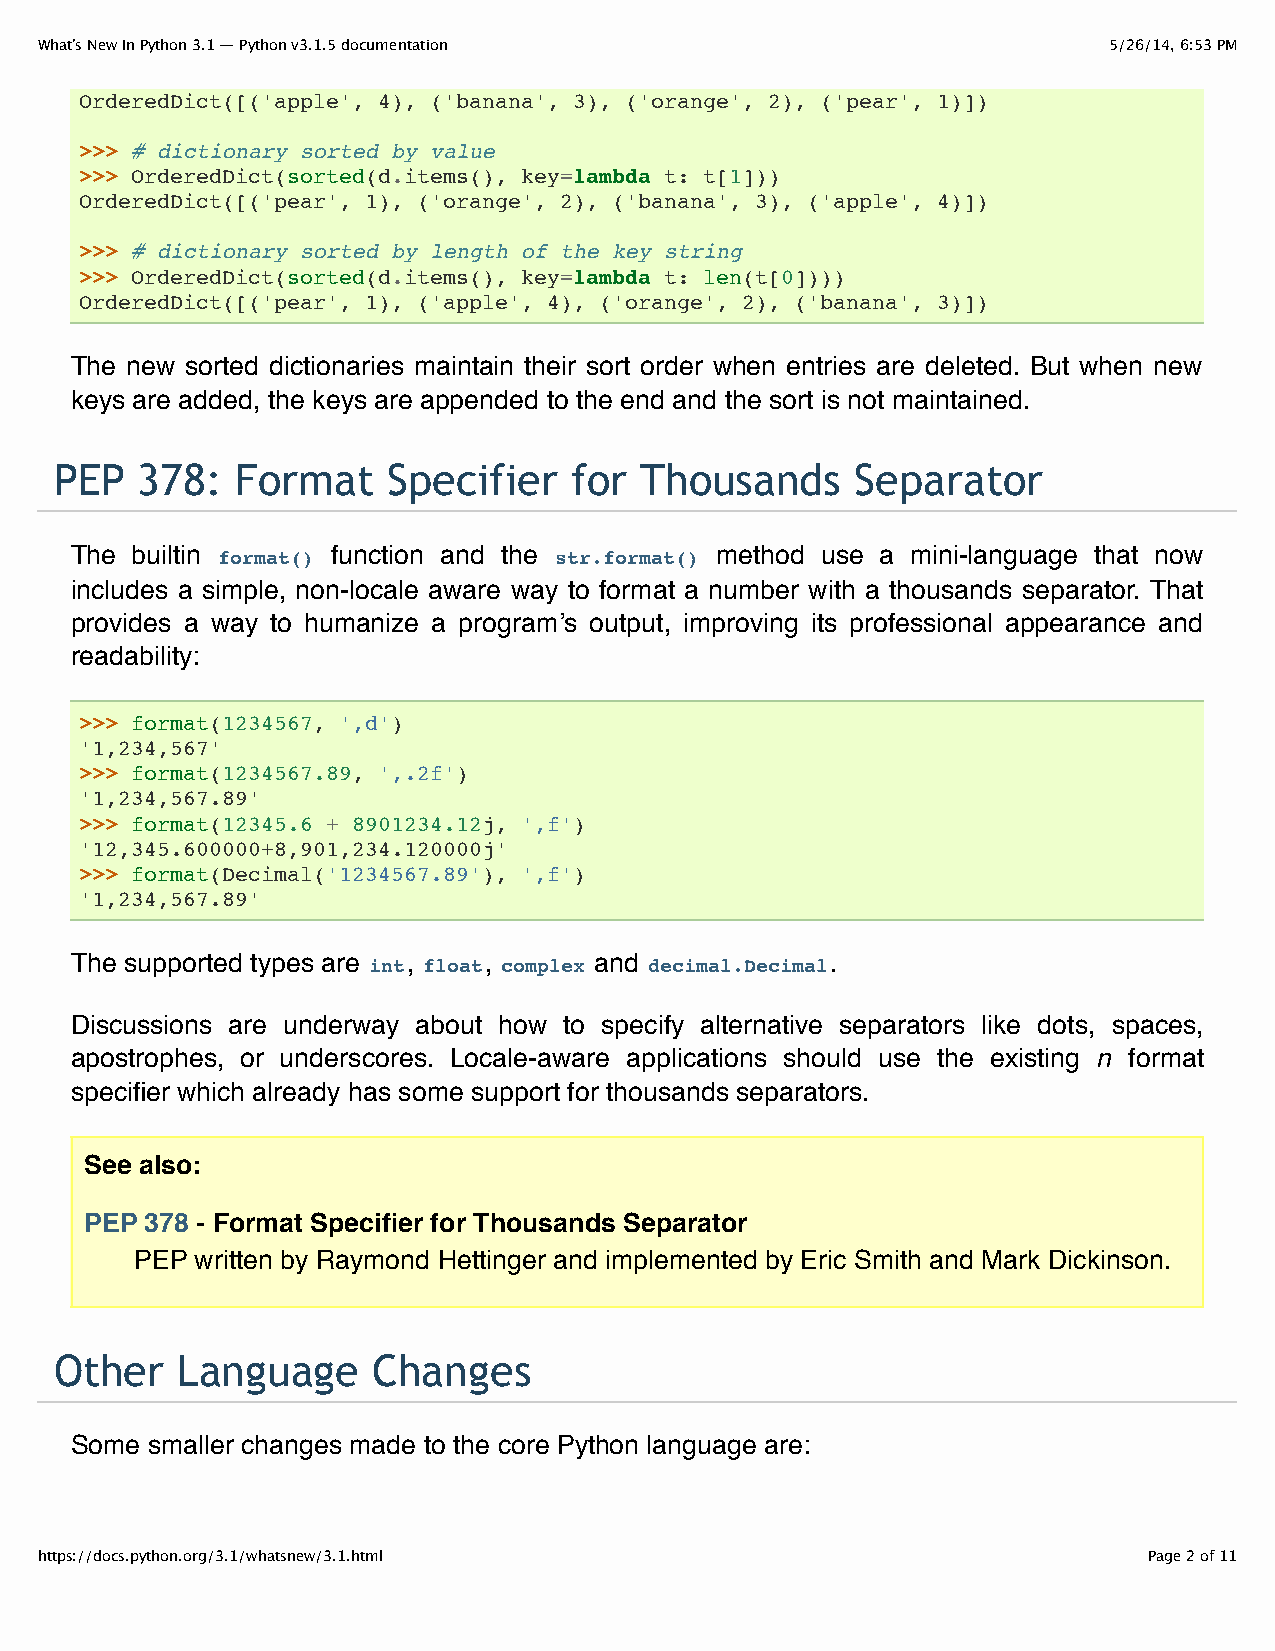
What’s New In Python 3.1 — Python v3.1.5 documentation                 5/26/14, 6:53 PM
 OrderedDict([('apple', 4), ('banana', 3), ('orange', 2), ('pear', 1)])
 >>> # dictionary sorted by value
 >>> OrderedDict(sorted(d.items(), key=lambda t: t[1]))
 OrderedDict([('pear', 1), ('orange', 2), ('banana', 3), ('apple', 4)])
 >>> # dictionary sorted by length of the key string
 >>> OrderedDict(sorted(d.items(), key=lambda t: len(t[0])))
 OrderedDict([('pear', 1), ('apple', 4), ('orange', 2), ('banana', 3)])
 The new sorted dictionaries maintain their sort order when entries are deleted. But when new
 keys are added, the keys are appended to the end and the sort is not maintained.
 PEP  378:   Format    Specifier   for Thousands      Separator
 The builtin format() function and the str.format() method use a mini-language that now
 includes a simple, non-locale aware way to format a number with a thousands separator. That
 provides a way to humanize a program’s output, improving its professional appearance and
 readability:
 >>> format(1234567, ',d')
 '1,234,567'
 >>> format(1234567.89, ',.2f')
 '1,234,567.89'
 >>> format(12345.6 + 8901234.12j, ',f')
 '12,345.600000+8,901,234.120000j'
 >>> format(Decimal('1234567.89'), ',f')
 '1,234,567.89'
 The supported types are int, float, complex and decimal.Decimal.
 Discussions are underway about how to specify alternative separators like dots, spaces,
 apostrophes, or underscores. Locale-aware applications should use the existing n format
 specifier which already has some support for thousands separators.
 See also:
 PEP 378 - Format Specifier for Thousands Separator
 PEP written by Raymond Hettinger and implemented by Eric Smith and Mark Dickinson.
 Other   Language     Changes
 Some smaller changes made to the core Python language are:
 https://docs.python.org/3.1/whatsnew/3.1.html                             Page 2 of 11